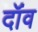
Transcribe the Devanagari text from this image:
दॉंव